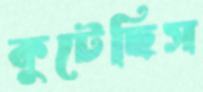
কুটেছিস